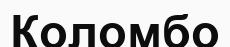
Коломбо